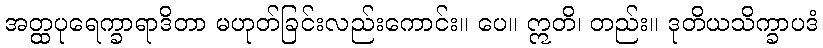
အတ္ထပုရေက္ခာရာဒိတာ မဟုတ်ခြင်းလည်းကောင်း။ ပေ။ ဣတိ၊ တည်း။ ဒုတိယသိက္ခာပဒံ